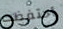
أحتفظت